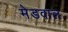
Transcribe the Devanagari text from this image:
मेडवाल